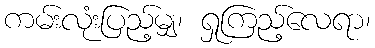
ကမ်းလုံးပြည့်မျှ၊ ရှုကြည့်လေရာ၊